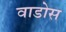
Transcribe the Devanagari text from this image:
वाडोस